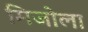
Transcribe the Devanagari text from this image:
मिजोला